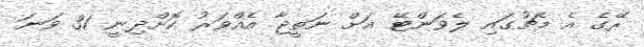
ރޭގެ އެ މެޗުގައި ލެވަންޓޭ އަށް ނަތީޖާ އެއްވަރު ކޮށްދިނީ 31 ވަނަ